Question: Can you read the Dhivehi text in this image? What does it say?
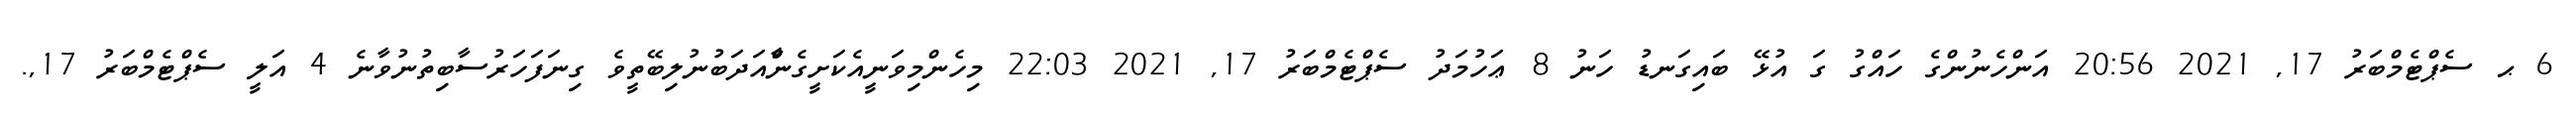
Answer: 6 ޙ ސެޕްޓެމްބަރު 17, 2021 20:56 އަންހެނުންގެ ހައްގު ގަ އުޅޭ ބައިގަނޑު ހަނު 8 ޢަހުމަދު ސެޕްޓެމްބަރު 17, 2021 22:03 މިހެންމިވަނީއެކަށީގެންާއަދަބުނުލިބޭތީވެ ގިނަފަހަރުސާބިތުނުވާނެ 4 އަލީ ސެޕްޓެމްބަރު 17,.